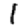
Digit: 1